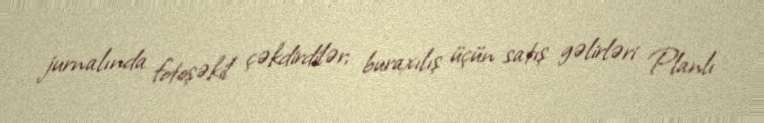
jurnalında fotoşəkil çəkdirdilər; buraxılış üçün satış gəlirləri Planlı